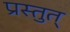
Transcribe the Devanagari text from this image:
प्रस्तुत्